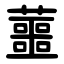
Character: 蘁